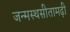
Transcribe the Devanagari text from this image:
जन्मस्थसीतामढ़ी